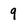
Character: 9